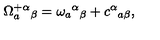
\Omega _ { a } ^ { + } { ^ \alpha } { _ \beta } = \omega _ { a } { ^ \alpha } { _ \beta } + c { ^ \alpha } { _ { a \beta } } ,